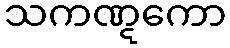
သကဏ္ဋကော